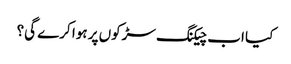
کیا اب چیکنگ سڑکوں پر ہوا کرے گی؟